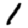
Digit: 1